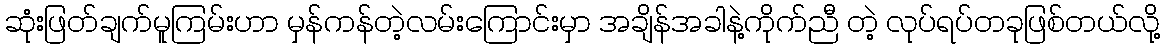
ဆုံးဖြတ်ချက်မူကြမ်းဟာ မှန်ကန်တဲ့လမ်းကြောင်းမှာ အချိန်အခါနဲ့ကိုက်ညီ တဲ့ လုပ်ရပ်တခုဖြစ်တယ်လို့